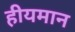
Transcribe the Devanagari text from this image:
हीयमान